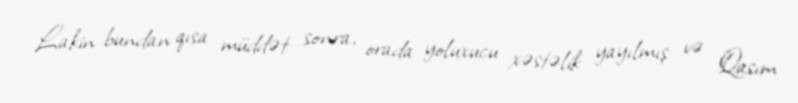
Lakin bundan qısa müddət sonra, orada yoluxucu xəstəlik yayılmış və Qasım